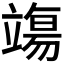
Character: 𫁬